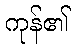
ကုန်၏